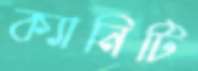
ক্যানিটি